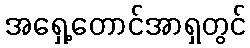
အရှေ့တောင်အာရှတွင်